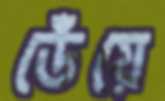
ডেঁয়ে